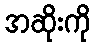
အဆိုးကို